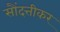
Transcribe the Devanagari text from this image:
सौंदत्तीकर